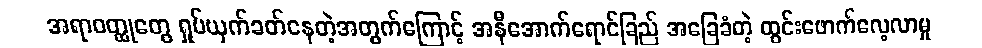
အရာဝတ္ထုတွေ ရှုပ်ယှက်ခတ်နေတဲ့အတွက်ကြောင့် အနီအောက်ရောင်ခြည် အခြေခံတဲ့ ထွင်းဖောက်လေ့လာမှု